画像に写った文字を読んでください
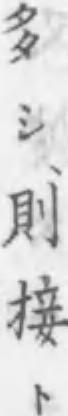
「多シ、則接ト」と書いてあります